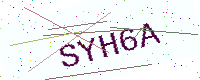
Text: SYH6A